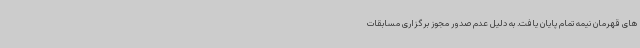
های قهرمان نیمه تمام پایان یافت. به دلیل عدم صدور مجوز برگزاری مسابقات